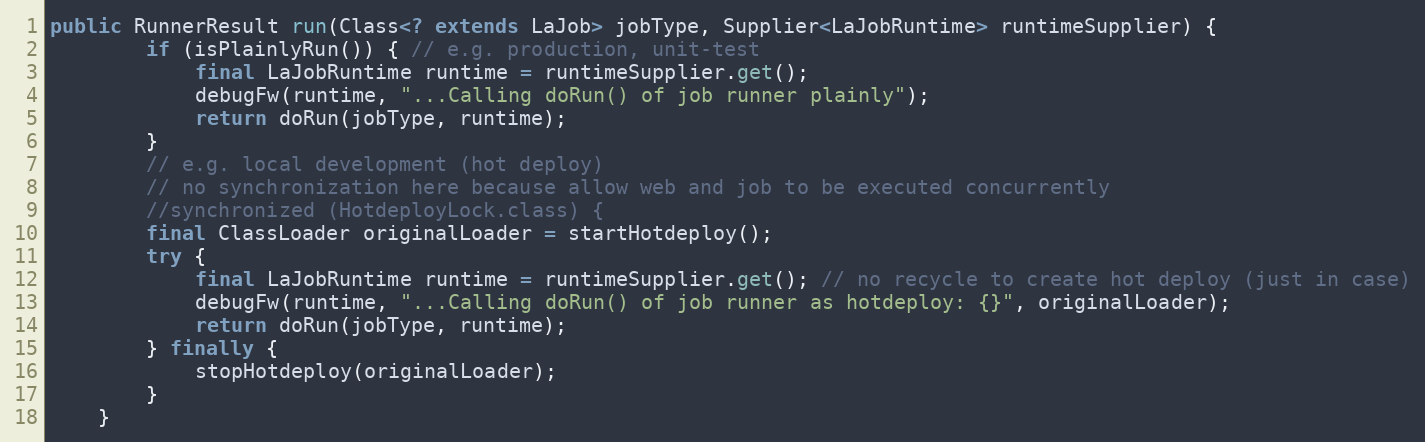
Language: Java
public RunnerResult run(Class<? extends LaJob> jobType, Supplier<LaJobRuntime> runtimeSupplier) {
        if (isPlainlyRun()) { // e.g. production, unit-test
            final LaJobRuntime runtime = runtimeSupplier.get();
            debugFw(runtime, "...Calling doRun() of job runner plainly");
            return doRun(jobType, runtime);
        }
        // e.g. local development (hot deploy)
        // no synchronization here because allow web and job to be executed concurrently
        //synchronized (HotdeployLock.class) {
        final ClassLoader originalLoader = startHotdeploy();
        try {
            final LaJobRuntime runtime = runtimeSupplier.get(); // no recycle to create hot deploy (just in case)
            debugFw(runtime, "...Calling doRun() of job runner as hotdeploy: {}", originalLoader);
            return doRun(jobType, runtime);
        } finally {
            stopHotdeploy(originalLoader);
        }
    }